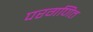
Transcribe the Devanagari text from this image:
परगणित